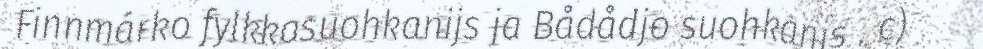
Finnmárko fylkkasuohkanijs ja Bådådjo suohkanis . c)